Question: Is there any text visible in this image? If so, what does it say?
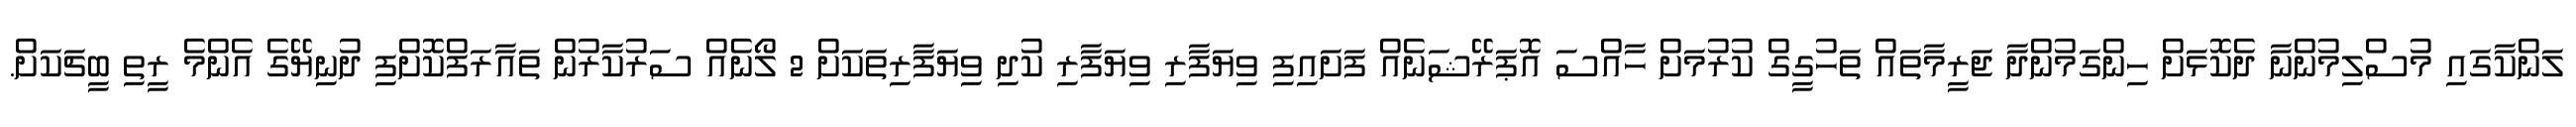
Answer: ލަންކާގައި މުސްލިމުންނާ ދެކޮޅަށް ހިންގަމުންދާ ޖަރީމާތައް ތަހުގީގް ކުރުމަށް ހާއްސަ އޮޕަރޭޝަނެއް ފަށައިފި ވިޔަފާރި ވިޔަފާރި ކުދި ވިޔަފާރިތަކަށް 2 ލޯނެއް ސަރުކާރުން ތައާރަފްކޮށްފި ދުނިޔޭގެ އެންމެ ރީތި ބީޗަކަށް.